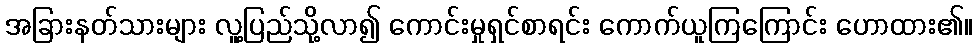
အခြားနတ်သားများ လူ့ပြည်သို့လာ၍ ကောင်းမှုရှင်စာရင်း ကောက်ယူကြကြောင်း ဟောထား၏။